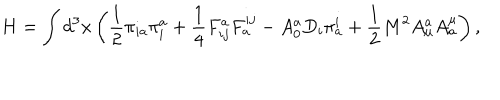
LaTeX: H = \int d ^ { 3 } x \left( \frac 1 2 \pi _ { i a } \pi _ { i } ^ { a } + \frac 1 4 F _ { i j } ^ { a } F _ { a } ^ { i j } - A _ { 0 } ^ { a } D _ { i } \pi _ { a } ^ { i } + \frac 1 2 M ^ { 2 } A _ { \mu } ^ { a } A _ { a } ^ { \mu } \right) ,